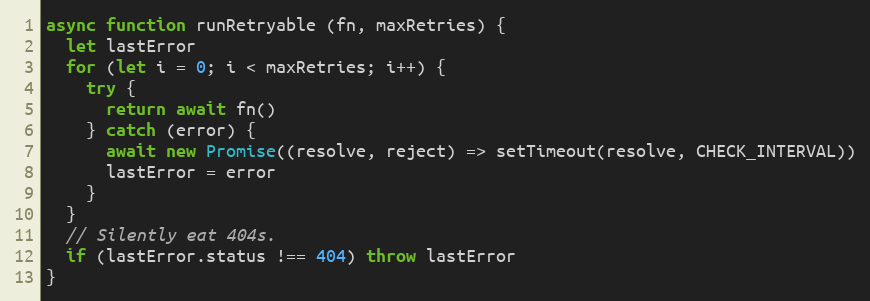
Language: JavaScript
async function runRetryable (fn, maxRetries) {
  let lastError
  for (let i = 0; i < maxRetries; i++) {
    try {
      return await fn()
    } catch (error) {
      await new Promise((resolve, reject) => setTimeout(resolve, CHECK_INTERVAL))
      lastError = error
    }
  }
  // Silently eat 404s.
  if (lastError.status !== 404) throw lastError
}